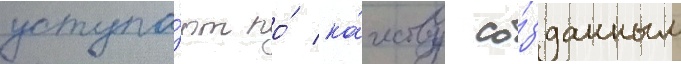
уступа́ют по́ ка́честву со́зданным